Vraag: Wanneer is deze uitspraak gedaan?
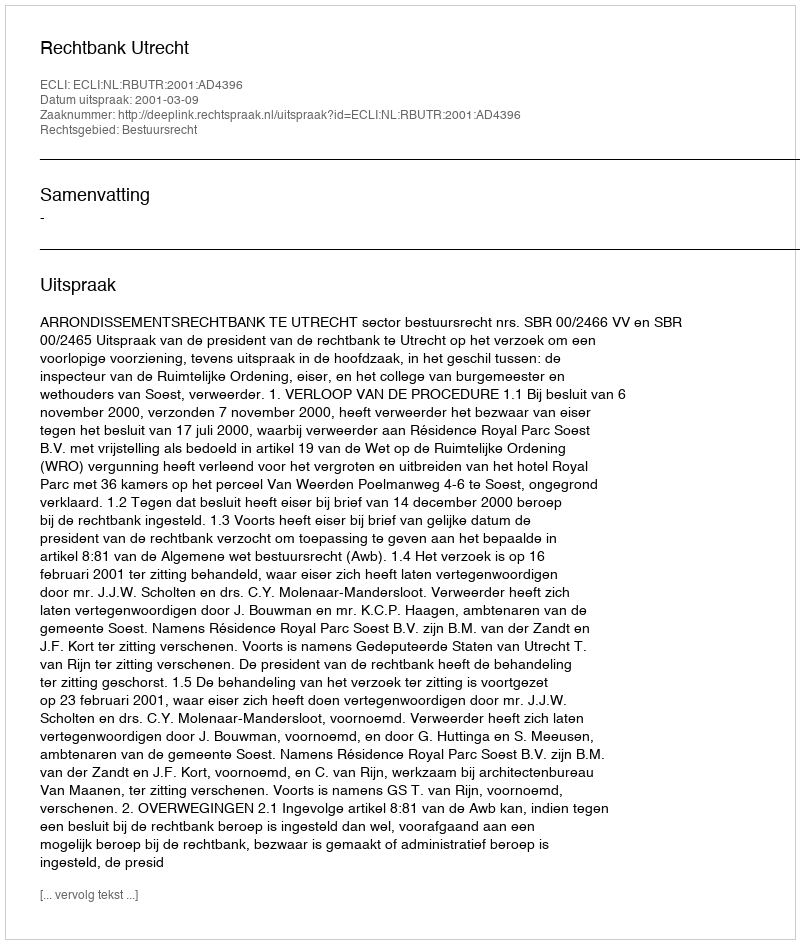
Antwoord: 2001-03-09